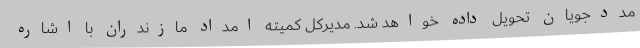
مددجویان تحویل داده خواهد شد. مدیرکل کمیته امداد مازندران با اشاره